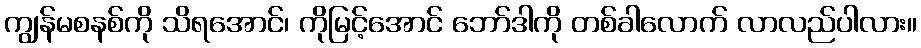
ကျွန်မစနစ်ကို သိရအောင်၊ ကိုမြင့်အောင် ဘော်ဒါကို တစ်ခါလောက် လာလည်ပါလား။